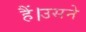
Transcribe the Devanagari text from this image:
हैं।उसने